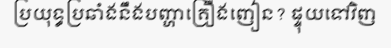
ប្រយុទ្ធប្រឆាំងនឹងបញ្ហាគ្រឿងញៀន? ផ្ទុយទៅវិញ